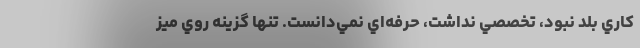
كاري بلد نبود، تخصصي نداشت، حرفه‌اي نمي‌دانست. تنها گزينه روي ميز